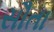
સૌતા